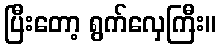
ပြီးတော့ ရွက်လှေကြီး။